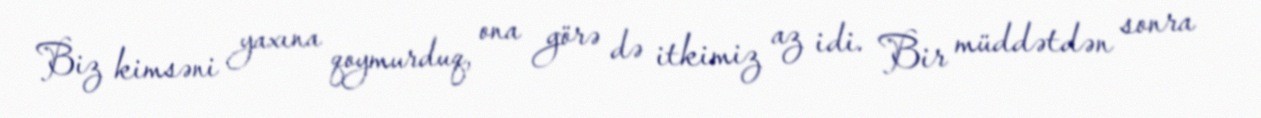
Biz kimsəni yaxına qoymurduq, ona görə də itkimiz az idi. Bir müddətdən sonra